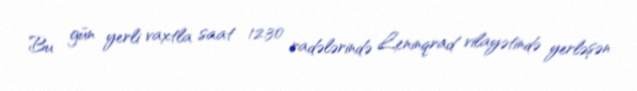
Bu gün yerli vaxtla saat 12:30 radələrində Leninqrad vilayətində yerləşən